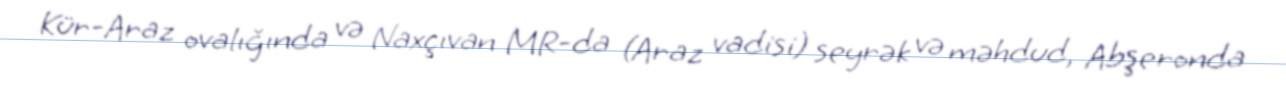
Kür-Araz ovalığında və Naxçıvan MR-da (Araz vadisi) seyrək və məhdud, Abşeronda